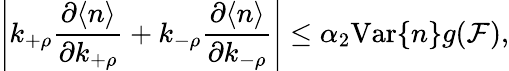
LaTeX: \left|k_{+\rho}\frac{\partial\langle n\rangle}{\partial k_{+\rho}}+k_{-\rho}\frac{\partial\langle n\rangle}{\partial k_{-\rho}}\right|\leq\alpha_{2}\mathrm{Var}\{ n\} g(\mathcal{F}),